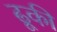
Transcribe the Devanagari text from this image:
ढूकी